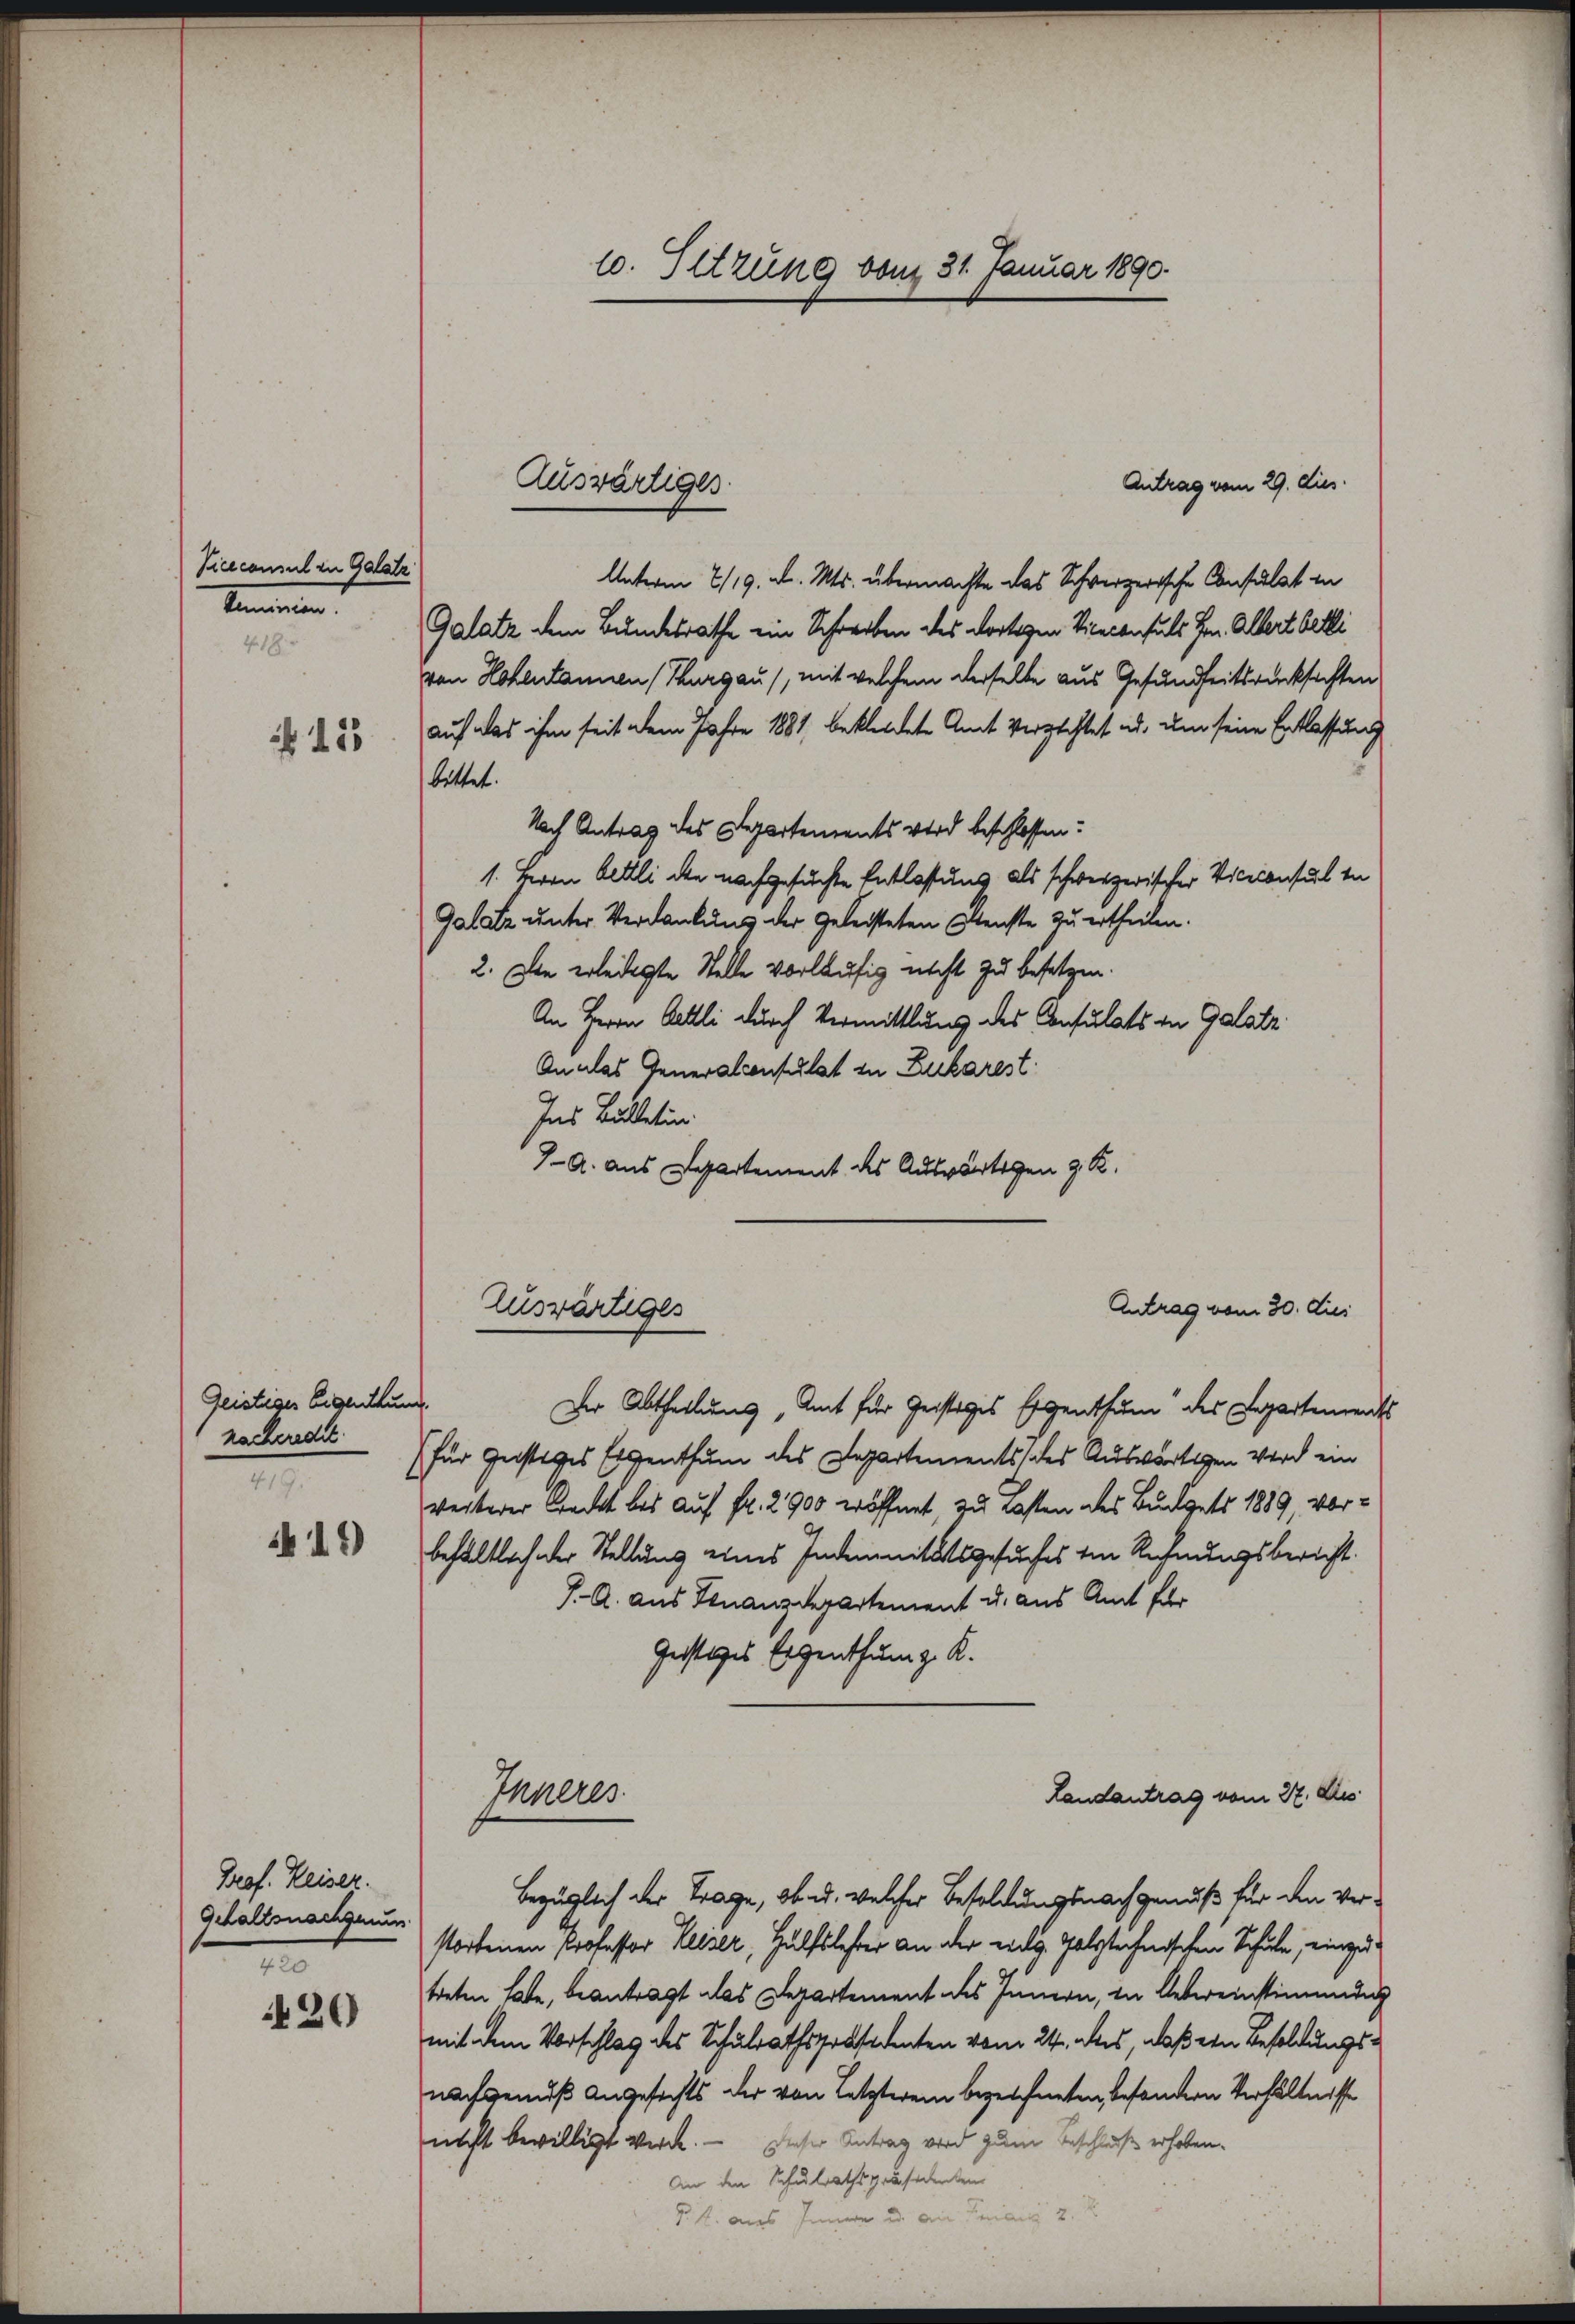
Viceconsul in Galatz
Sommenen
1 18

15

Geistiges Eigenthung.
racheredet.
419

419

Prof. Keiser.
Gehaltsnachgeum
2
420

10. Sitzung vom 31. Januar 1890.

Antrag vom 29. dies
Unterm 7/19. d. Mts. übermachte das Schweizerische Consulat in
Galatz dem Bundesrathe ein Schreiben des dortigen Viceconsuls Hrn. Albert betli
von Hohentanen (Thurgau), mit welchem derselbe aus Gesundheitsrücksichten
auf das ihm seit dem Jahre 1881, bekleidete Amt Verzichtet u. um seine Entlassung
bittet.
Nach Antrag des Departements wird beschlossen:
1. Herrn Altlli den nachgesuchte Entlastung als schwerzerischer Viceconsul in
Galatz unter Verdankung der geleisteten Menste zu ertheilen.
2. Die erledigte Stelle vorläufig nicht zu besetzen.
An Herrn Oettli durch Vermittlung des Consulats in Galatz
An das Generalconsulat zu Zularest
Ins Bulletin
7-A. aus Departement des Auswärtigen z. R.

Auswärtiger

Der Abtheilung, Amt für Geistiges Eigenthum des Departements
(für Gustiges Eigenthum des Departements des Auswärtigen vor ein
werterer Bracht bis auf Fr. 2900 eröffnet, zu lasten des Budgets 1889, vorbehaltlich der Stellung eines Indemnitätsgesuches von Rechnungsbericht:
J. A. aus Finanzdepartement u. aus Amt für
Geistiges Eigenthum z. K.
Landantrag vom 27. Au
Inneres
bezüglich der Trage, ob u. welcher Besoldungsnachgenuß für den Verstorbenen Professor Reiser, Hülfslester an der vielg. Polytechnischen Schule, eingetreten habe, beantragt das Departement des Innern, in Uebereinstimmung
mit dem Vorschlag des Schulrathspräsidenten vom 24. des, daß ein Besoldungsnachgenuß Angesichts der von Letzterem bezeichneten, besondern Verhältnisse
nicht bewilligt werde. — Dieser Antrag wird zum Beschluß erhoben.
An den Schulrathspräsidenten

Zuswärtiges

P. k. aus Innern und an

Antrag vom 30. dies